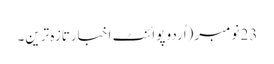
23 نومبر(اُردو پوائنٹ اخبارتازہ ترین۔